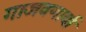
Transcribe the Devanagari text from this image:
गाजवणार्या